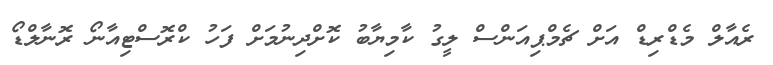
ރެއާލް މެޑްރިޑް އަށް ޗެމްޕިއަންސް ލީގު ކާމިޔާބު ކޮށްދިނުމަށް ފަހު ކްރޮސްޓިއާނޯ ރޮނާލްޑޯ